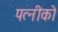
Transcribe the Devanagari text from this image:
पत्नीको